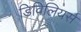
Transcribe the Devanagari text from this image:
डिविलियर्स